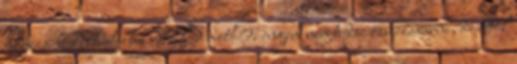
nyúzza.hahahahaha. XD math0: engem nem tudsz összezavarni, de attól